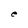
Character: e